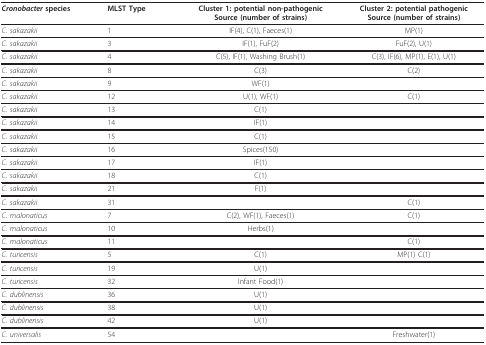
<table><thead><tr><td><b><i>Cronobacter </i>species</b></td><td><b>MLST Type</b></td><td><b>Cluster 1: potential non-pathogenicSource (number of strains)</b></td><td><b>Cluster 2: potential pathogenicSource (number of strains)</b></td></tr></thead><tbody><tr><td><i>C. sakazakii</i></td><td>1</td><td>IF(4), C(1), Faeces(1)</td><td>MP(1)</td></tr><tr><td><i>C. sakazakii</i></td><td>3</td><td>IF(1), FuF(2)</td><td>FuF(2), U(1)</td></tr><tr><td><i>C. sakazakii</i></td><td>4</td><td>C(5), IF(1), Washing Brush(1)</td><td>C(3), IF(6), MP(1), E(1), U(1)</td></tr><tr><td><i>C. sakazakii</i></td><td>8</td><td>C(3)</td><td>C(2)</td></tr><tr><td><i>C. sakazakii</i></td><td>9</td><td>WF(1)</td><td></td></tr><tr><td><i>C. sakazakii</i></td><td>12</td><td>U(1), WF(1)</td><td>C(1)</td></tr><tr><td><i>C. sakazakii</i></td><td>13</td><td>C(1)</td><td></td></tr><tr><td><i>C. sakazakii</i></td><td>14</td><td>IF(1)</td><td></td></tr><tr><td><i>C. sakazakii</i></td><td>15</td><td>C(1)</td><td></td></tr><tr><td><i>C. sakazakii</i></td><td>16</td><td>Spices(150)</td><td></td></tr><tr><td><i>C. sakazakii</i></td><td>17</td><td>IF(1)</td><td></td></tr><tr><td><i>C. sakazakii</i></td><td>18</td><td>C(1)</td><td></td></tr><tr><td><i>C. sakazakii</i></td><td>21</td><td>F(1)</td><td></td></tr><tr><td><i>C. sakazakii</i></td><td>31</td><td></td><td>C(1)</td></tr><tr><td><i>C. malonaticus</i></td><td>7</td><td>C(2), WF(1), Faeces(1)</td><td>C(1)</td></tr><tr><td><i>C. malonaticus</i></td><td>10</td><td>Herbs(1)</td><td></td></tr><tr><td><i>C. malonaticus</i></td><td>11</td><td></td><td>C(1)</td></tr><tr><td><i>C. turicensis</i></td><td>5</td><td>C(1)</td><td>MP(1) C(1)</td></tr><tr><td><i>C. turicensis</i></td><td>19</td><td>U(1)</td><td></td></tr><tr><td><i>C. turicensis</i></td><td>32</td><td>Infant Food(1)</td><td></td></tr><tr><td><i>C. dublinensis</i></td><td>36</td><td>U(1)</td><td></td></tr><tr><td><i>C. dublinensis</i></td><td>38</td><td>U(1)</td><td></td></tr><tr><td><i>C. dublinensis</i></td><td>42</td><td>U(1)</td><td></td></tr><tr><td><i>C. universalis</i></td><td>54</td><td></td><td>Freshwater(1)</td></tr></tbody></table>